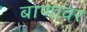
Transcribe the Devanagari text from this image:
बाणावर